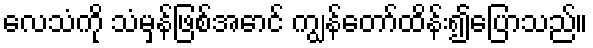
လေသံကို သံမှန်ဖြစ်အောင် ကျွန်တော်ထိန်း၍ပြောသည်။